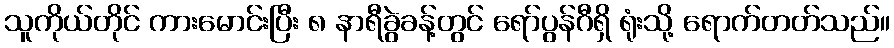
သူကိုယ်တိုင် ကားမောင်းပြီး ၈ နာရီခွဲခန့်တွင် ရော်ပွန်ဂီရှိ ရုံးသို့ ရောက်တတ်သည်။